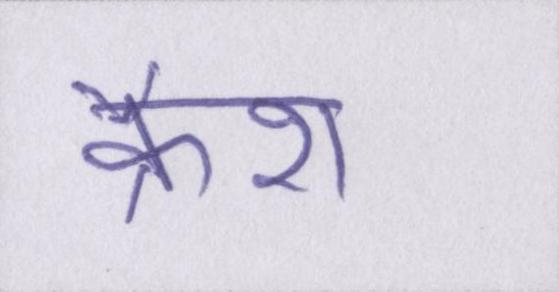
क्रैश